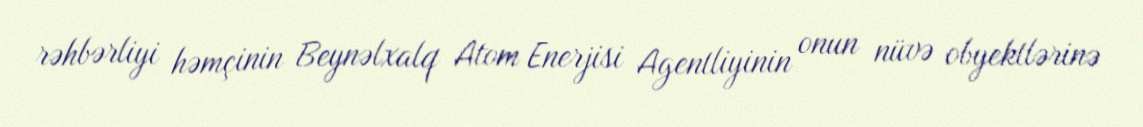
rəhbərliyi həmçinin Beynəlxalq Atom Enerjisi Agentliyinin onun nüvə obyektlərinə